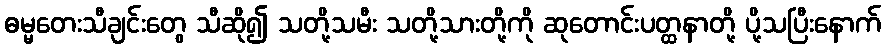
ဓမ္မတေးသီချင်းတွေ သီဆို၍ သတို့သမီး သတို့သားတို့ကို ဆုတောင်းပတ္ထနာတို့ ပို့သပြီးနောက်